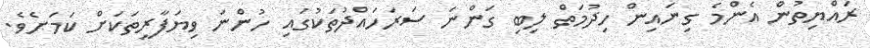
ރައްޔިތުން އެންމެ ގިނައިން ހިދުމަތް ލިބި ގަންނަ ސަރަހައްދުތަކުގައި ހުންނަ ވިޔަފާރީތަކަށް ކަމަށެވެ.